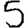
Digit: 5